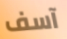
آسف